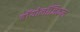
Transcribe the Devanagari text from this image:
बॉयोलॉजिकल